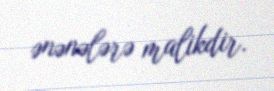
ənənələrə malikdir.